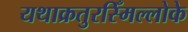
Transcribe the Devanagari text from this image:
यथाक्रतुरस्मिँल्लोके